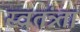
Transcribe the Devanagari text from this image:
स्वतंत्र्ता